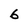
Character: 6